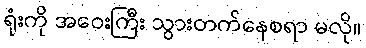
ရုံးကို အဝေးကြီး သွားတက်နေစရာ မလို။